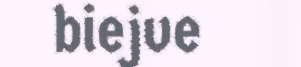
biejve